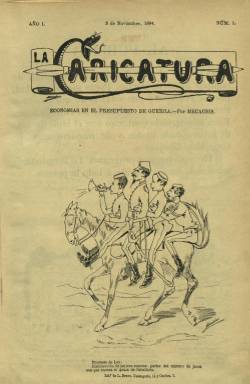
Título: La Caricatura (Madrid. 1884)
Colección: Revistas satíricas y humorísticas || Periódicos
Ámbito geográfico: Madrid
Lugar de publicación: Madrid
Fechas: 03/11/1884-28/04/1887

Semanario “humorístico ilustrado por nuestros primeros dibujantes” –indica su subtítulo–, que más adelante también se ampliará a “literario”, fundado y dirigido por un entonces joven Eduardo Sáenz Hermúa (1859-1898), conocido por los seudónimos Mecachis y Augusto, como ilustrador, y Augusto Marnaz, como literato, cuya prometedora carrera, también como dramaturgo, quedará prematuramente truncada a la edad de 37 años. La Caricatura, que hará honor a su título por las muchas que contiene, aparece el tres de noviembre de 1884, y dejará de hacerlo tras publicar el número 108, de 22 de mayo de 1887, según Gómez Aparicio (1971), aunque el 107 es el último en la colección (incompleta) de la Biblioteca Nacional de España, correspondiente al 28 de abril de ese año. Sus entregas son de ocho páginas, quedando desplegadas, generalmente, a toda plana las dos centrales, para ser ocupadas por una historieta de Mecachis, considerado uno de los primeros creadores de este género gráfico y uno de los maestros de la caricatura.

Aunque la casi la totalidad de los contenidos de algunas de sus entregas llegarán a ser obra del propio Mecachis, éste atrajo también a las páginas de su semanario a otros “artistas del lápiz”, como Ramón Cilla (1859-1937), Mariano Urrutia (-1894), Joaquín Moya (-1925), Domingo Muñoz –Gondoin–, Arteche, Velasco o Gil, entre otros. La publicación (que comenzó apareciendo los lunes, para después hacerlo los jueves), será estampada en las madrileñas litografías de Bravo o de Feijoó. Sus páginas estarán ocupadas sobre todo por ilustraciones (caricaturas, chistes, tiras cómicas e historietas, con pies de texto en prosa y en verso), de un “estilo incisivo, desenvuelto y popular”, a juicio de Gómez Aparicio (1971), que sorteaban, generalmente, la política, siéndolo de carácter social y de costumbres. Por ejemplo, sus dibujos humorísticos aparecerán bajo epígrafes como Revista de teatros o Modismos del toreo, y Mecachis será autor también de unos diseños gráficos al estilo de las “siluetas chinescas”.

Contará con una sección precisamente de caricaturas, bajo el epígrafe Celebridades, en la que aparecen las de escritores (Alarcón, Campoamor, Pereda, Echegaray, Clarín, Galdós, Cánovas del Castillo, Zorrilla o Menéndez Pelayo); artistas y actores dramáticos y líricos (Rosell, Jiménez Moya, Valero o Gayarre); músicos (Caballero); pintores y dibujantes, toreros y celebridades extranjeras (Dumas, Zola o Daudet). En sus entregas del 28 de diciembre de 1884 (número 9) y del seis de enero de 1887 (número 101), publicará una selección de autógrafos imitando la letra de personalidades conocidas (Cánovas, Menéndez y Pelayo, Martínez Campos, Pidal y Mon o Sagasta).

Publica asimismo textos literarios de los propios Sáenz Hermúa y Cilla, así como de José Gil y Campos, Felipe Pérez y Gonzalez (1854-1910) o Alejandro Larrubiera y Crespo (1869-1937), que se dio a conocer, precisamente, en las páginas de este semanario. Fue a partir de su entrega de 31 de diciembre de 1885, cuando Mecachis aparecerá indicado como su director junto a la cabecera. En la última entrega de 1885 publica un índice de los grabados y de los contenidos de ese año, indicando los nombres de sus colaboradores y dibujantes.